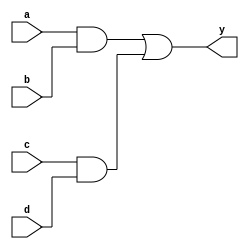
    module ao4 (y, a, b, c, d);
      output y; 
      input  a, b, c, d; 
      reg    y, tmp1, tmp2;
 
      always @(a or b or c or d)  
          begin 
             tmp1 <= a & b; 
             tmp2 <= c & d; 
             y    <= tmp1 | tmp2; 
          end 
endmodule 

     module ao5 (y, a, b, c, d);
      output y; 
      input  a, b, c, d; 
// original code was:      
 //     reg    y, tmp1, tmp2;5
     reg    y, tmp1, tmp2;

      always @(a or b or c or d or tmp1 or tmp2)  
         begin 
             tmp1 <= a & b; 
             tmp2 <= c & d; 
                y <= tmp1 | tmp2; 
      end 
    endmodule
    
        module ao2 (y, a, b, c, d);
      output y; 
      input  a, b, c, d; 
      reg    y, tmp1, tmp2; 
 
      always @(a or b or c or d) begin 
        tmp1 = a & b; 
        tmp2 = c & d; 
        y    = tmp1 | tmp2; 
      end
    endmodule